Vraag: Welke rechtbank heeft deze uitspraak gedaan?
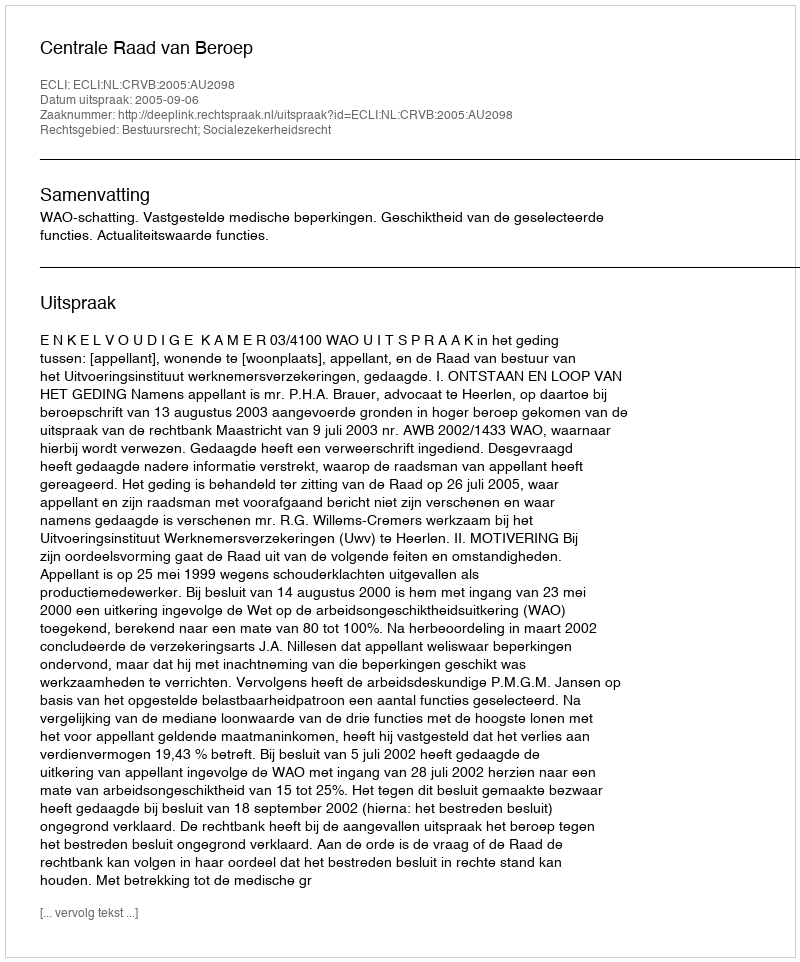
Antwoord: Centrale Raad van Beroep